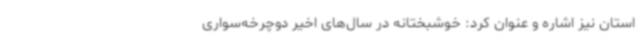
استان نیز اشاره و عنوان کرد: خوشبختانه در سال‌های اخیر دوچرخه‌سواری